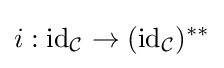
i:{\text{id}}_{\mathcal {C}}\to ({\text{id}}_{\mathcal {C}})^{**}